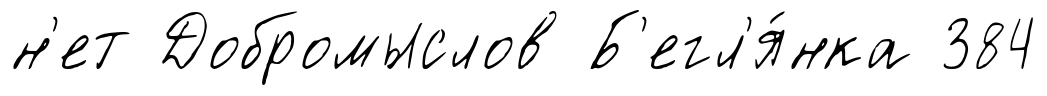
н'ет Добромыслов Б'егл'я́нка 384